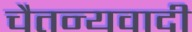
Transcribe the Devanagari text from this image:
चैतन्यवादी